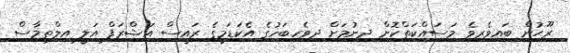
ރޫޙުން ބައިވެރިވެ މަސައްކަތްކޮށް ދިނުމަށް ދިވެހިބަހުގެ އެކަޑަމީގެ ރައީސް އަޝްރަފް އަލީ އިލްތިމާސް